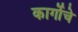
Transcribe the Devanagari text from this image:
कार्गोचे